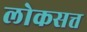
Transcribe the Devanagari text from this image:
लोकसत्त